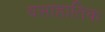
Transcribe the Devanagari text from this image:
वसाहातिक